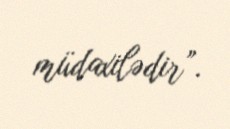
müdaxilədir”.